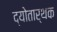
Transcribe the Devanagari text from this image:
द्योतार्थक